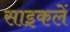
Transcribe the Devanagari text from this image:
साइकलें